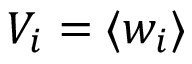
V _ { i } = \langle w _ { i } \rangle